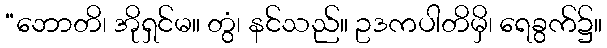
“ဘောတိ၊ အိုရှင်မ။ တွံ၊ နင်သည်။ ဥဒကပါတိမှိ၊ ရေခွက်၌။